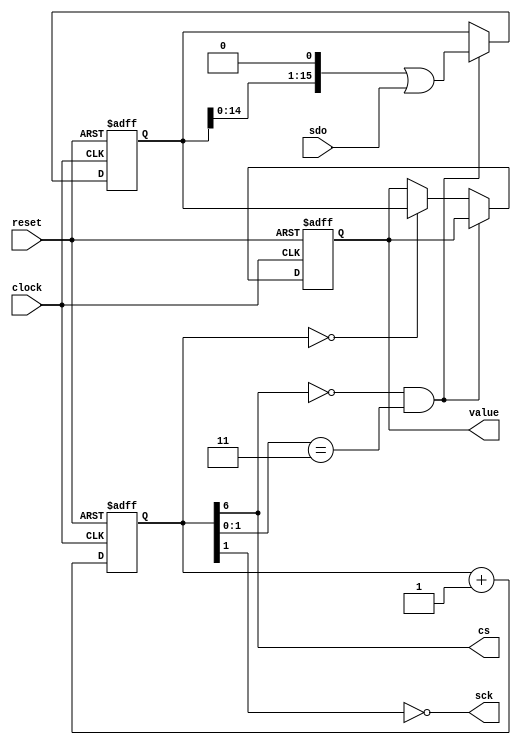
module pmod_mic3_spi_receiver
(
    input             clock,
    input             reset,
    output            cs,
    output            sck,
    input             sdo,
    output reg [15:0] value
);

    reg [ 6:0] cnt;
    reg [15:0] shift;

    always @ (posedge clock or posedge reset)
    begin
        if (reset)
            cnt <= 7'b100;
        else
            cnt <= cnt + 7'b1;
    end

    assign sck = ~ cnt [1];
    assign cs  =   cnt [6];

    wire sample_bit = ( cs == 1'b0 && cnt [1:0] == 2'b11 );
    wire value_done = ( cnt [6:0] == 7'b0 );

    always @ (posedge clock or posedge reset)
    begin
        if (reset)
        begin
            shift <= 16'h0000;
            value <= 16'h0000;
        end
        else if (sample_bit)
        begin
            shift <= (shift << 1) | sdo;
        end
        else if (value_done)
        begin
            value <= shift;
        end
    end

endmodule